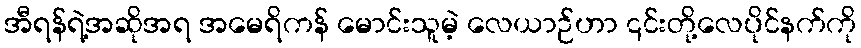
အီရန်ရဲ့အဆိုအရ အမေရိကန် မောင်းသူမဲ့ လေယာဉ်ဟာ ၎င်းတို့လေပိုင်နက်ကို